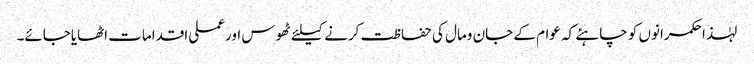
لہٰذا حکمرانوں کو چاہئے کہ عوام کے جان ومال کی حفاظت کرنے کیلئے ٹھوس اورعملی اقدامات اٹھایاجائے۔